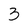
Character: 3